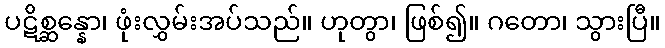
ပဋိစ္ဆန္နော၊ ဖုံးလွှမ်းအပ်သည်။ ဟုတွာ၊ ဖြစ်၍။ ဂတော၊ သွားပြီ။